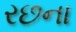
રછના